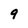
Character: 9